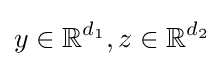
y\in \mathbb {R} ^{d_{1}},z\in \mathbb {R} ^{d_{2}}